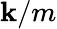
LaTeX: \mathbf{k}/m